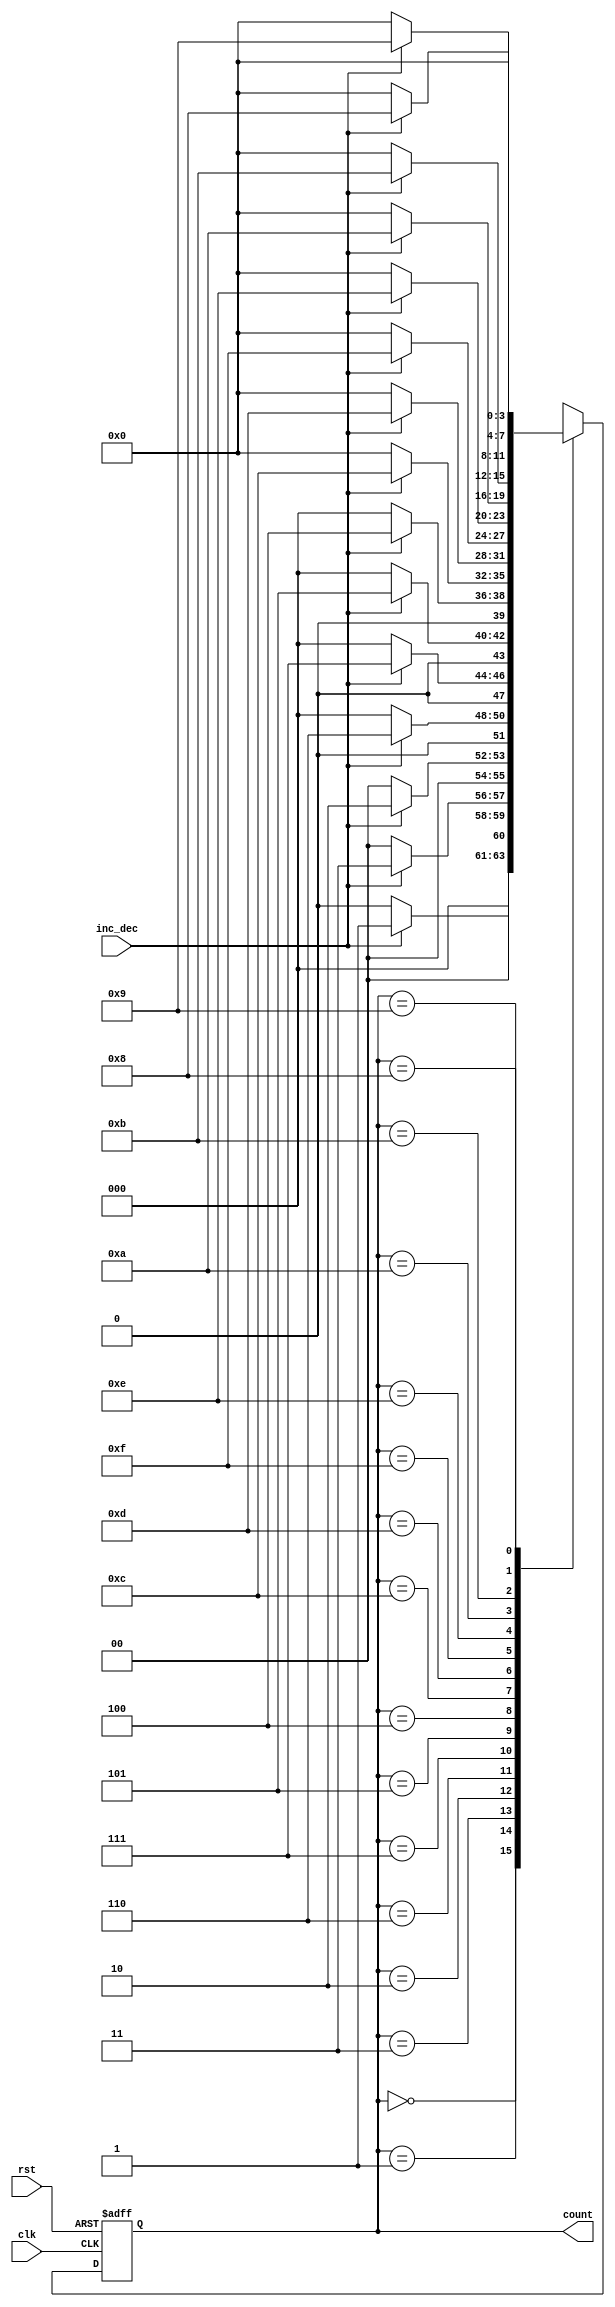
module gray_counter (
    input wire clk,      // Clock input
    input wire rst,      // Reset input
    input wire inc_dec,  // Increment/Decrement input
    output reg [3:0] count // 4-bit Gray code output
);

// Internal signals
reg [3:0] next_count;

// Gray code conversion mapping
always @* begin
    case (count)
        4'b0000: next_count = inc_dec ? 4'b0001 : 4'b0000;
        4'b0001: next_count = inc_dec ? 4'b0011 : 4'b0000;
        4'b0011: next_count = inc_dec ? 4'b0010 : 4'b0000;
        4'b0010: next_count = inc_dec ? 4'b0110 : 4'b0000;
        4'b0110: next_count = inc_dec ? 4'b0111 : 4'b0000;
        4'b0111: next_count = inc_dec ? 4'b0101 : 4'b0000;
        4'b0101: next_count = inc_dec ? 4'b0100 : 4'b0000;
        4'b0100: next_count = inc_dec ? 4'b1100 : 4'b0000;
        4'b1100: next_count = inc_dec ? 4'b1101 : 4'b0000;
        4'b1101: next_count = inc_dec ? 4'b1111 : 4'b0000;
        4'b1111: next_count = inc_dec ? 4'b1110 : 4'b0000;
        4'b1110: next_count = inc_dec ? 4'b1010 : 4'b0000;
        4'b1010: next_count = inc_dec ? 4'b1011 : 4'b0000;
        4'b1011: next_count = inc_dec ? 4'b1001 : 4'b0000;
        4'b1001: next_count = inc_dec ? 4'b1000 : 4'b0000;
        4'b1000: next_count = inc_dec ? 4'b0000 : 4'b0000;
    endcase
end

// Synchronous counter logic
always @(posedge clk or posedge rst) begin
    if (rst) begin
        count <= 4'b0000; // Reset count
    end else begin
        count <= next_count; // Update count
    end
end

endmodule